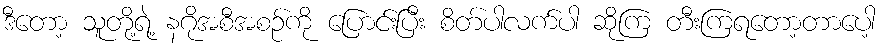
ဒီတော့ သူတို့ရဲ့ နဂိုအစီအစဉ်ကို ပြောင်းပြီး စိတ်ပါလက်ပါ ဆိုကြ တီးကြရတော့တာပေါ့